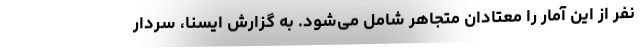
نفر از این آمار را معتادان متجاهر شامل می‌شود. به گزارش ایسنا، سردار